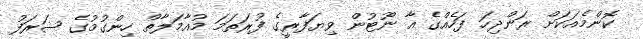
ކޮންމެއަކަށް ރަންދިހަ ފަހެއްގެ އާ ނޫޓުން ވިޔަފާރީގެ ފުރަތަމަ މުއާމަލާތް ހިންގުމުގެ ޝަރަފު